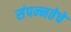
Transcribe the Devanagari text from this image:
संपन्‍नतेचे